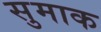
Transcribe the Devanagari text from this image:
सुमाक